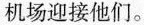
机场迎接他们。